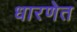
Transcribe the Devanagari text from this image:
धारणेत